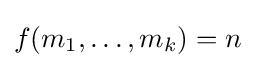
f(m_{1},\dots ,m_{k})=n